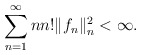
\begin{align*}\sum_{n=1}^\infty n n!\|f_n\|^2_n<\infty.\end{align*}